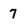
Character: 7